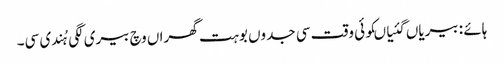
ہائے : بیریاں گئیاںکوئی وقت سی جدوں بوہت گھراں وچ بیری لگی ہُندی سی۔